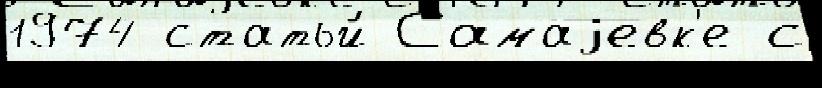
1974 статьи́ Самаjевк'е с